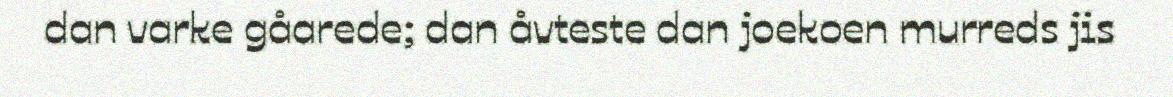
dan varke gåarede; dan åvteste dan joekoen murreds jis